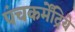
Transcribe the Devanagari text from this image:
पंचकर्मेंद्रिये